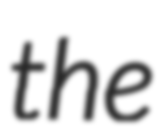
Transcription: the